Civil Veterinary Dept. Assam report 1927-50 - 1927-1950
Year: 1927
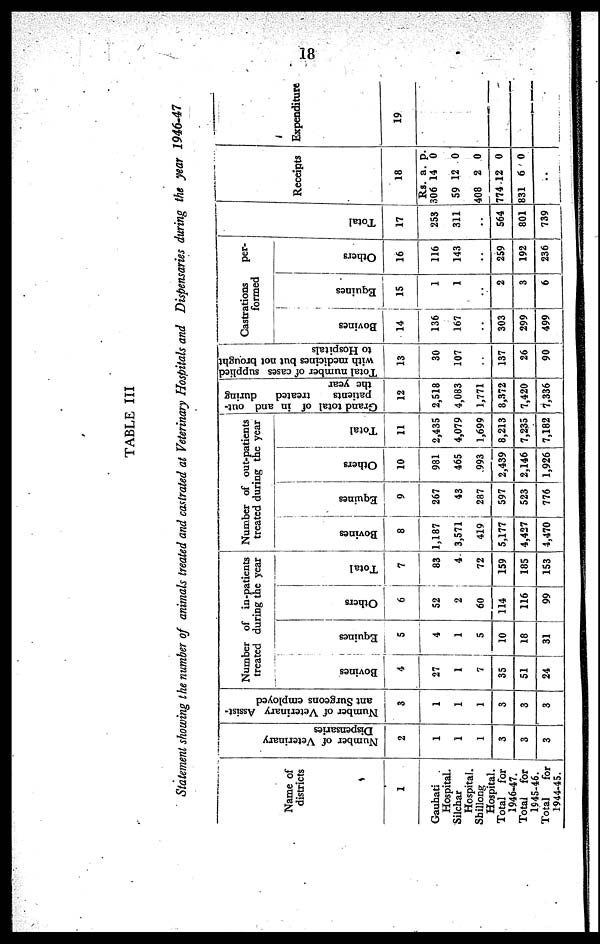
18
TABLE III
Statement showing the number of animals treated and castrated at Veterinary Hospitals and Dispensaries during the year 1946-47
Name of
districts
1
Gauhati
Hospital.
Silcbar
Hospital.
Shillong
Hospital.
Total
for
1946-47.
Total
for
1945-46.
Total
for
1944-45.
Number
of Veterinary
Dispensaries
2
1
1
1
3
3
3
Number of Veterinary Assist-
ant Surgeons employed
3
1
1
1
3
3
3
Number of in-patients
treated during the year
Bovi ne s
4
27
1
7
35
51
24
Equi nes
5
4
1
5
10
18
31
Ot her s
6
52
2
60
114
116
99
Total
7
83
4.
72
159
185
153
Number of out-patients
treated during the year
Bovines
8
1,187
3,571
419
5,177
4,427
4,470
Equines
9
267
43
287
597
523
776
Ot her s
10
981
465
993
2,439
2,146
1,926
Tot al
11
2,435
4,079
1,699
8,213
7,235
7,182
Grand total of in and out-
patients
treated
during
the year
12
2,518
4,083
1,771
8,372
7,420
7,336
Total number of cases supplied
with
medicines but not brought
to Hospitals
13
30
107
..
137
26
90
Castrations
per-
formed
Bovi ne s
14
136
167
..
303
299
499
Equi nes
15
1
1
..
2
3 6
Ot her s
16
116
143
..
259
192
236
Tot al
17
253
311
..
564
801
739
Receipts
18
Rs. a. p.
306 14 0
59 12 0
408 2 0
774 12 0
831 6 0
..
Expenditure
19